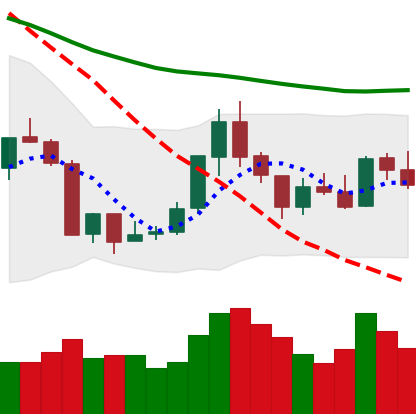
Ticker: ETH-USD
Chart end date: 2018-07-26
Forward return: -6.502%
Label: down_5_7